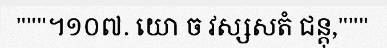
"""។១០៧. យោ ច វស្សសតំ ជន្តុ,"""